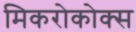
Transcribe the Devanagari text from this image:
मिकरोकोक्स